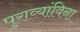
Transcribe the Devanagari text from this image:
पुराव्यांविना